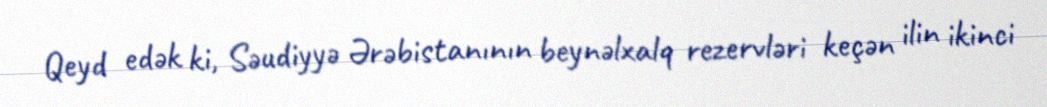
Qeyd edək ki, Səudiyyə Ərəbistanının beynəlxalq rezervləri keçən ilin ikinci